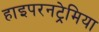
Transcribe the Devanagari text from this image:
हाइपरनट्रेमिया